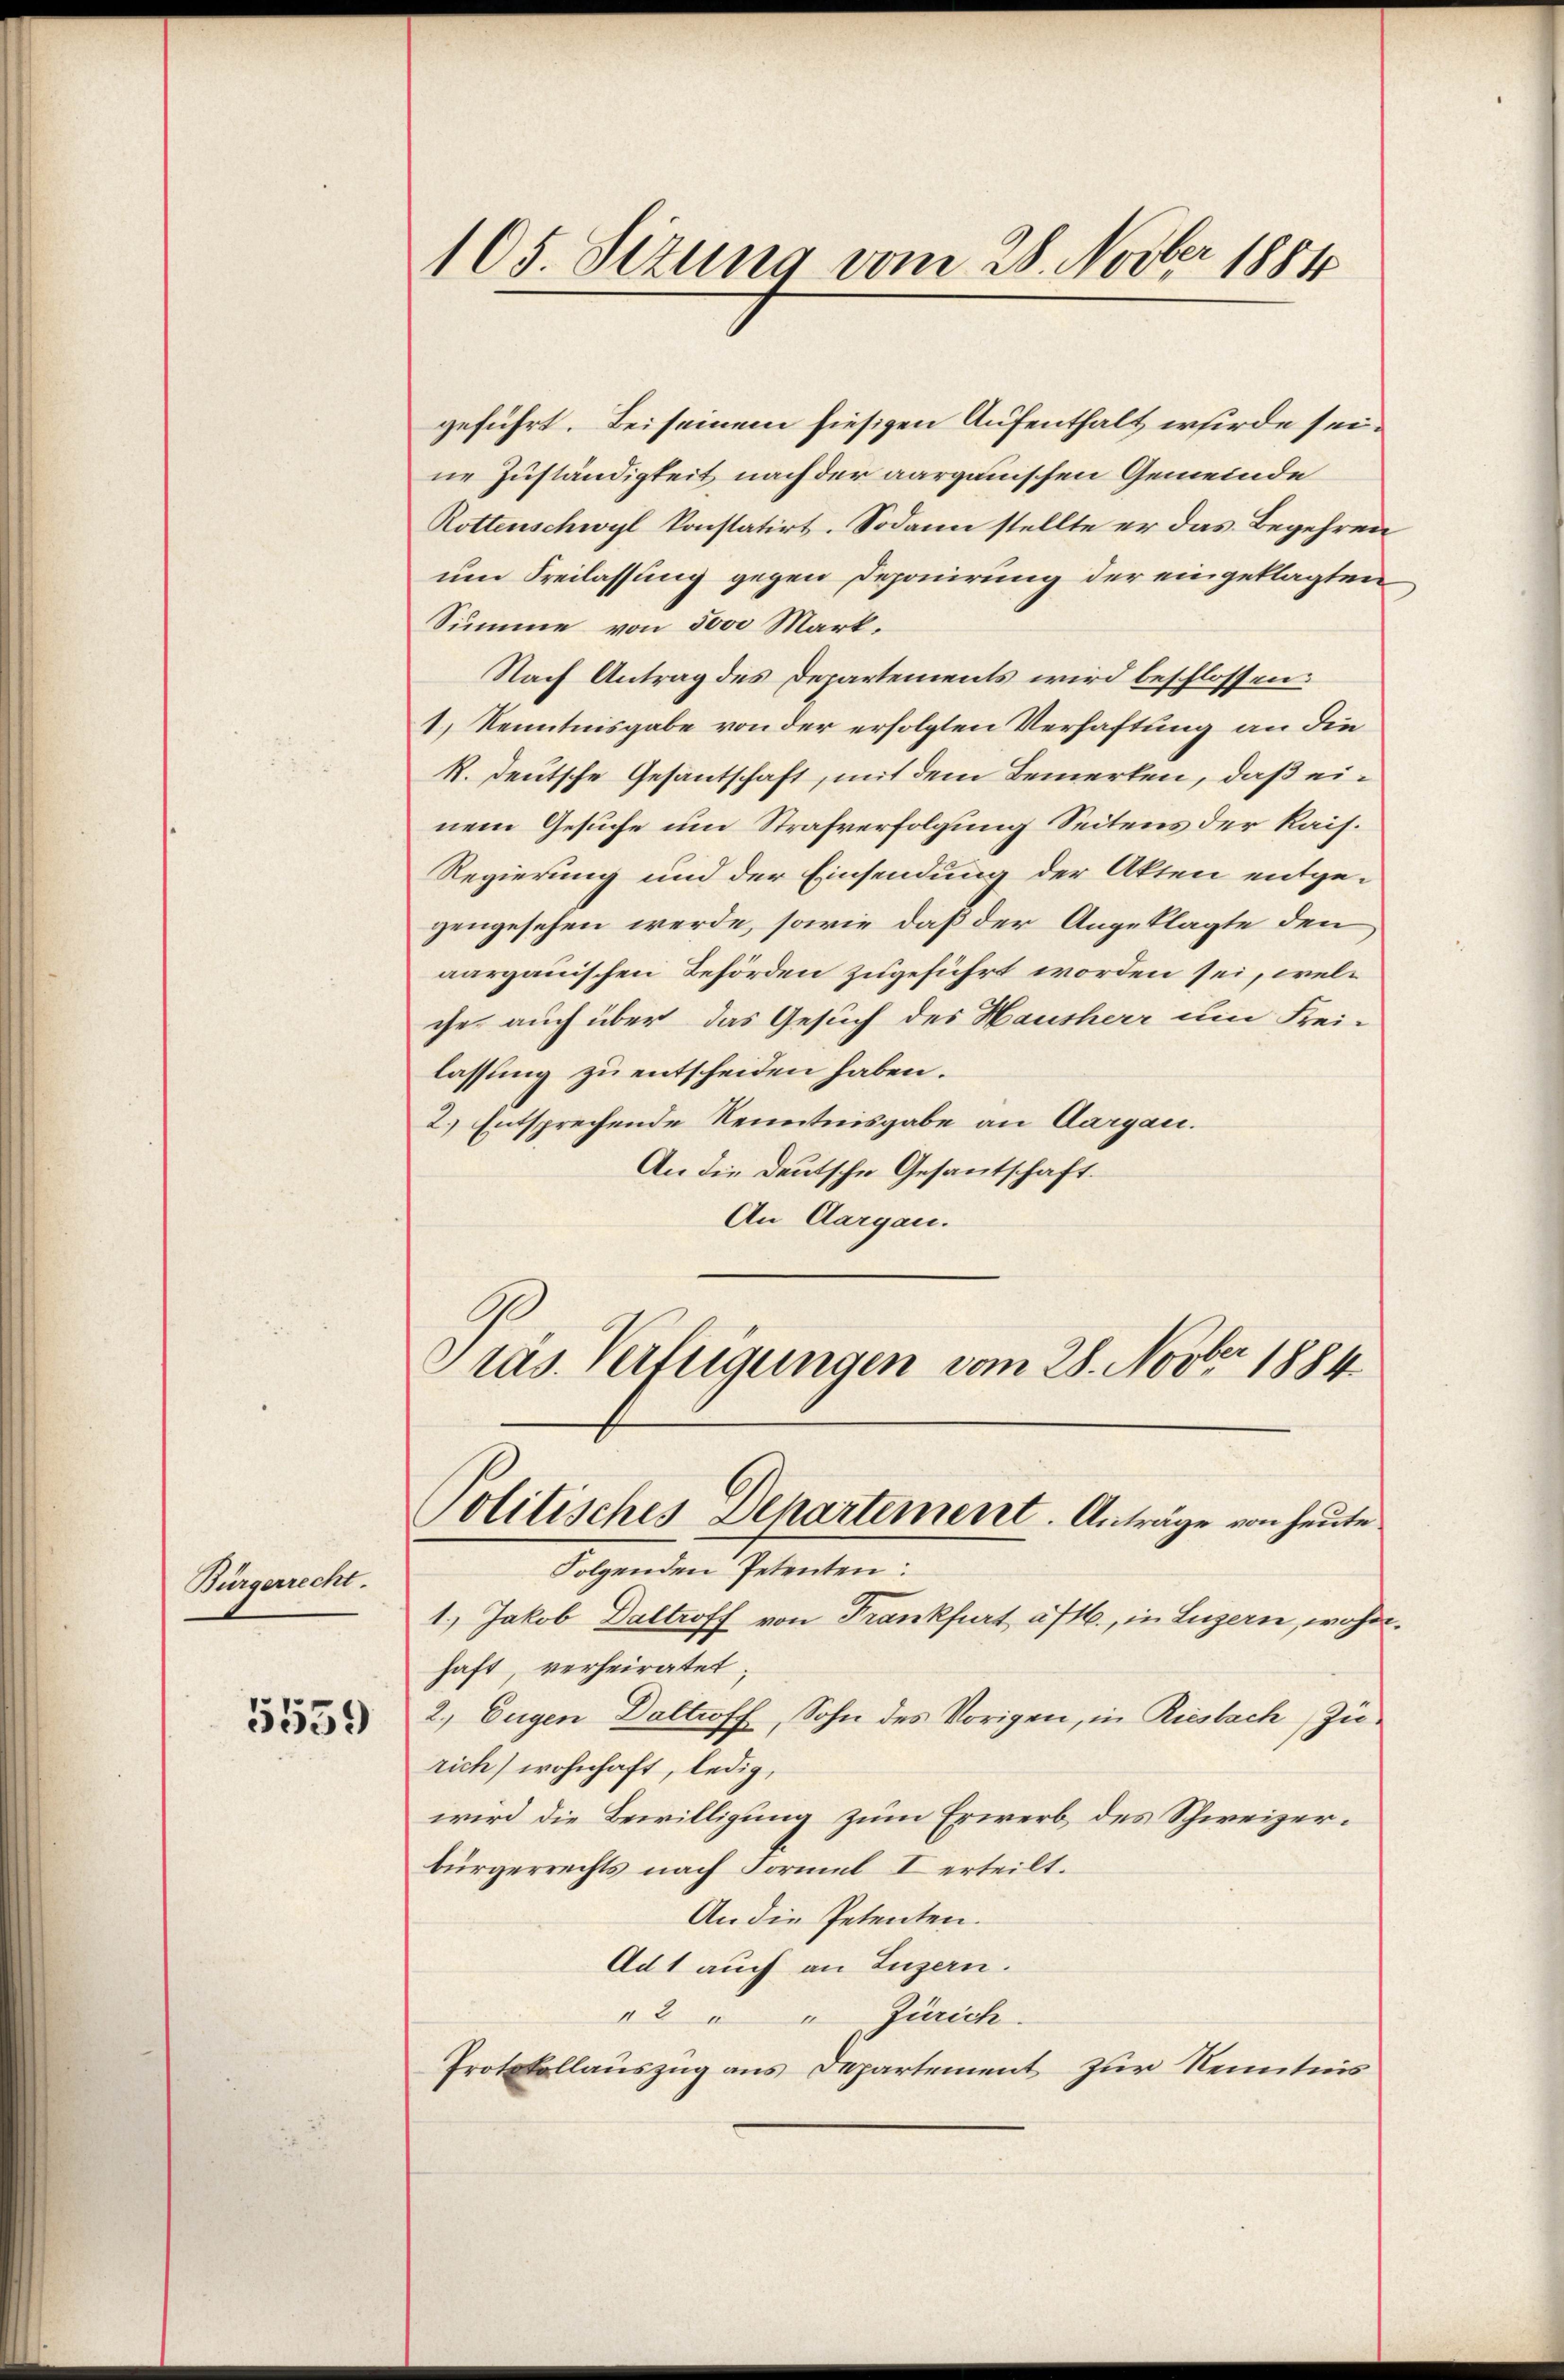
Bürgerrecht.

5559

105. Sizung vom 28. Novber 1881

geführt. Bei seinem hiesigen Aufenthalt werde seine Zuständigkeit nach der aargauischen Gemeinde
Rottenschwyl konstatirt. Sodann stellte er das Begehren
um Freilassung gegen Deponirung der eingeklagten
Summe von 5000 Mark-
Nach Antrag des Departements wird beschlossen:
1) Kenntnisgabe von der erfolgten Verhaftung an die
R. deutsche Gesantschaft, mit dem Bemerken, daß einem Gesuche um Strafverfolgung Seitens der Kais.
Regierung und der Einsendung der Akten entgegengesehen werde, sowie daß der Angeklagte den
aargauischen Behörden zugeführt worden sei, welches auch über das Gesuch des Hausherr um Frei-
lassung zu entscheiden haben.
2.) Entsprechende Kenntnisgabe an Aargau.
An die Deutsche Gesantschaft.
An Aargau.
Pras. Verfügungen vom 28. Novber 1884

Politisches Departement. Anträge von heute.
Folgenden Petenten:

1.) Jakob Daltroff von Frankfurt a/M., in Luzern, wahr
haft, verheiratet;
2. Eugen Daltroff, Sohn des Vorigen, in Riesbach, Zu-
rich) wohnhaft, ledig,
wird die Bewilligung zum Erwerb des Schweizerbürgerrechts nach Formel I erteilt.
An die Petenten.
Ad1 auch an Luzern.
2 " Zürich
Protokollauszug aus Separtement zur Kenntnis